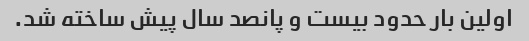
اولین بار حدود بیست و پانصد سال پیش ساخته شد.